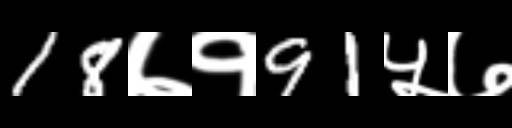
Text: 18७१91५७